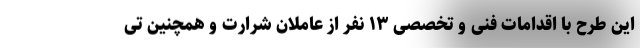
این طرح با اقدامات فنی و تخصصی ۱۳ نفر از عاملان شرارت و همچنین تی